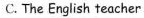
C. The English teacher